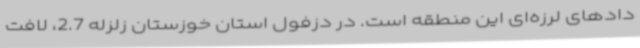
دادهای لرزه‌ای این منطقه است. در دزفول استان خوزستان زلزله 2.7، لافت